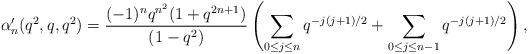
LaTeX: \begin{align*}\alpha_n'(q^2,q,q^2)=\frac{(-1)^nq^{n^2}(1+q^{2n+1})}{(1-q^2)}\left(\sum_{0\le j\le n}q^{-j(j+1)/2}+\sum_{0\le j\le n-1}q^{-j(j+1)/2}\right),\end{align*}